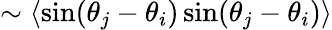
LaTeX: \sim\langle\mathrm{sin}(\theta_{j}-\theta_{i})\, \mathrm{sin}(\theta_{j}-\theta_{i})\rangle